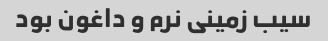
سیب زمینی نرم و داغون بود